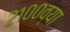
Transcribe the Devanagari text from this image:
२१००व्या